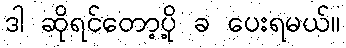
ဒါ ဆိုရင်တော့ပို့ ခ ပေးရမယ်။